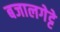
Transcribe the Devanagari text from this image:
बजालगेट्टे